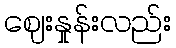
ဈေးနှုန်းလည်း